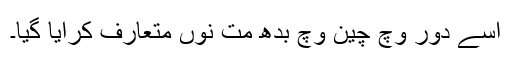
اسے دور وچ چین وچ بدھ مت نوں متعارف کرایا گیا۔